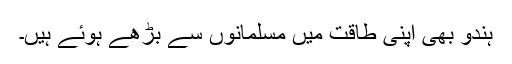
ہندو بھی اپنی طاقت میں مسلمانوں سے بڑھے ہوئے ہیں۔